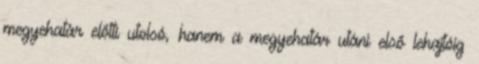
megyehatár előtti utolsó, hanem a megyehatár utáni első lehajtóig